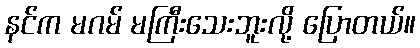
နင်က မဂမ် မကြီးသေးဘူးလို့ ပြောတယ်။